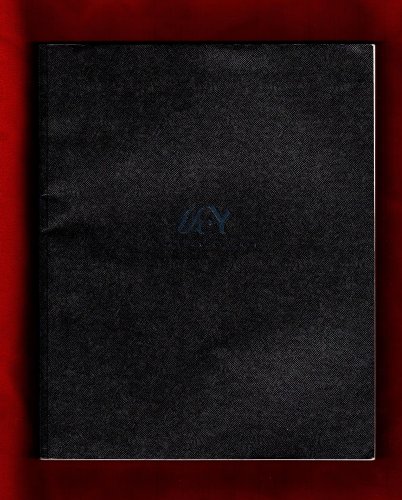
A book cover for Monte Carlo Yachts: Color Photographed Catalog of MCY Yachts; high fashion as well. Top photography; Monte Carlo Yachts s.p.a.; Carla DeMaria, Annette Beneteau Roux Staff; Travel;